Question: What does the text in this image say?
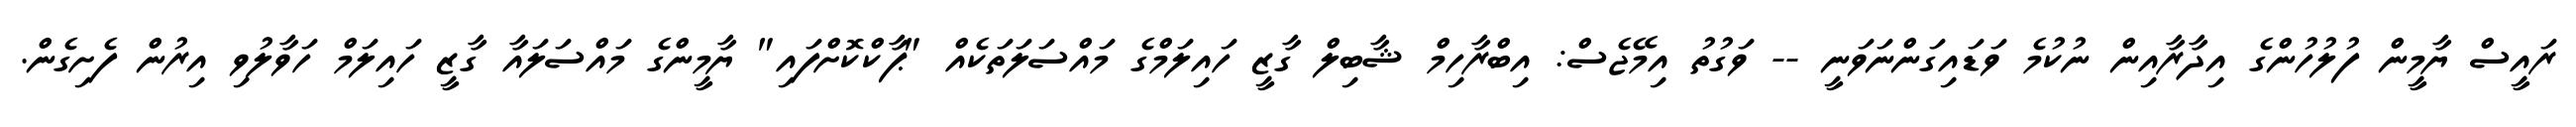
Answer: ރައީސް ޔާމީން ފުލުހުންގެ އިދާރާއިން ނުކުމެ ވަޑައިގަންނަވަނީ -- ވަގުތު އިމޭޖެސް: އިބްރާހިމް ޝާބިލް ގާޒީ ހައިލަމްގެ މައްސަލަތަކެއް "ޕާކްކޮށްފައި" ޔާމީންގެ މައްސަލައާ ގާޒީ ހައިލަމް ހަވާލުވި އިރުން ފެށިގެން.